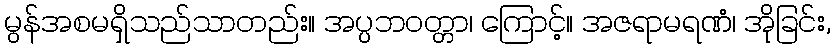
မွန်အစမရှိသည်သာတည်း။ အပ္ပဘဝတ္တာ၊ ကြောင့်။ အဇရာမရဏံ၊ အိုခြင်း,